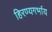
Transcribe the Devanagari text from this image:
हिरण्यगर्भाय